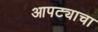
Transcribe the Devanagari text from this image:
आपट्याचा